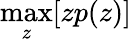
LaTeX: \operatorname*{max}_{z}[zp(z)]